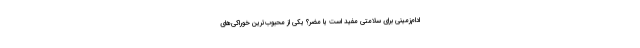
ادام‌زمینی برای سلامتی مفید است یا مضر؟ یکی از محبوب‌ترین خوراکی‌های